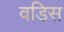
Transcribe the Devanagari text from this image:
वडिस